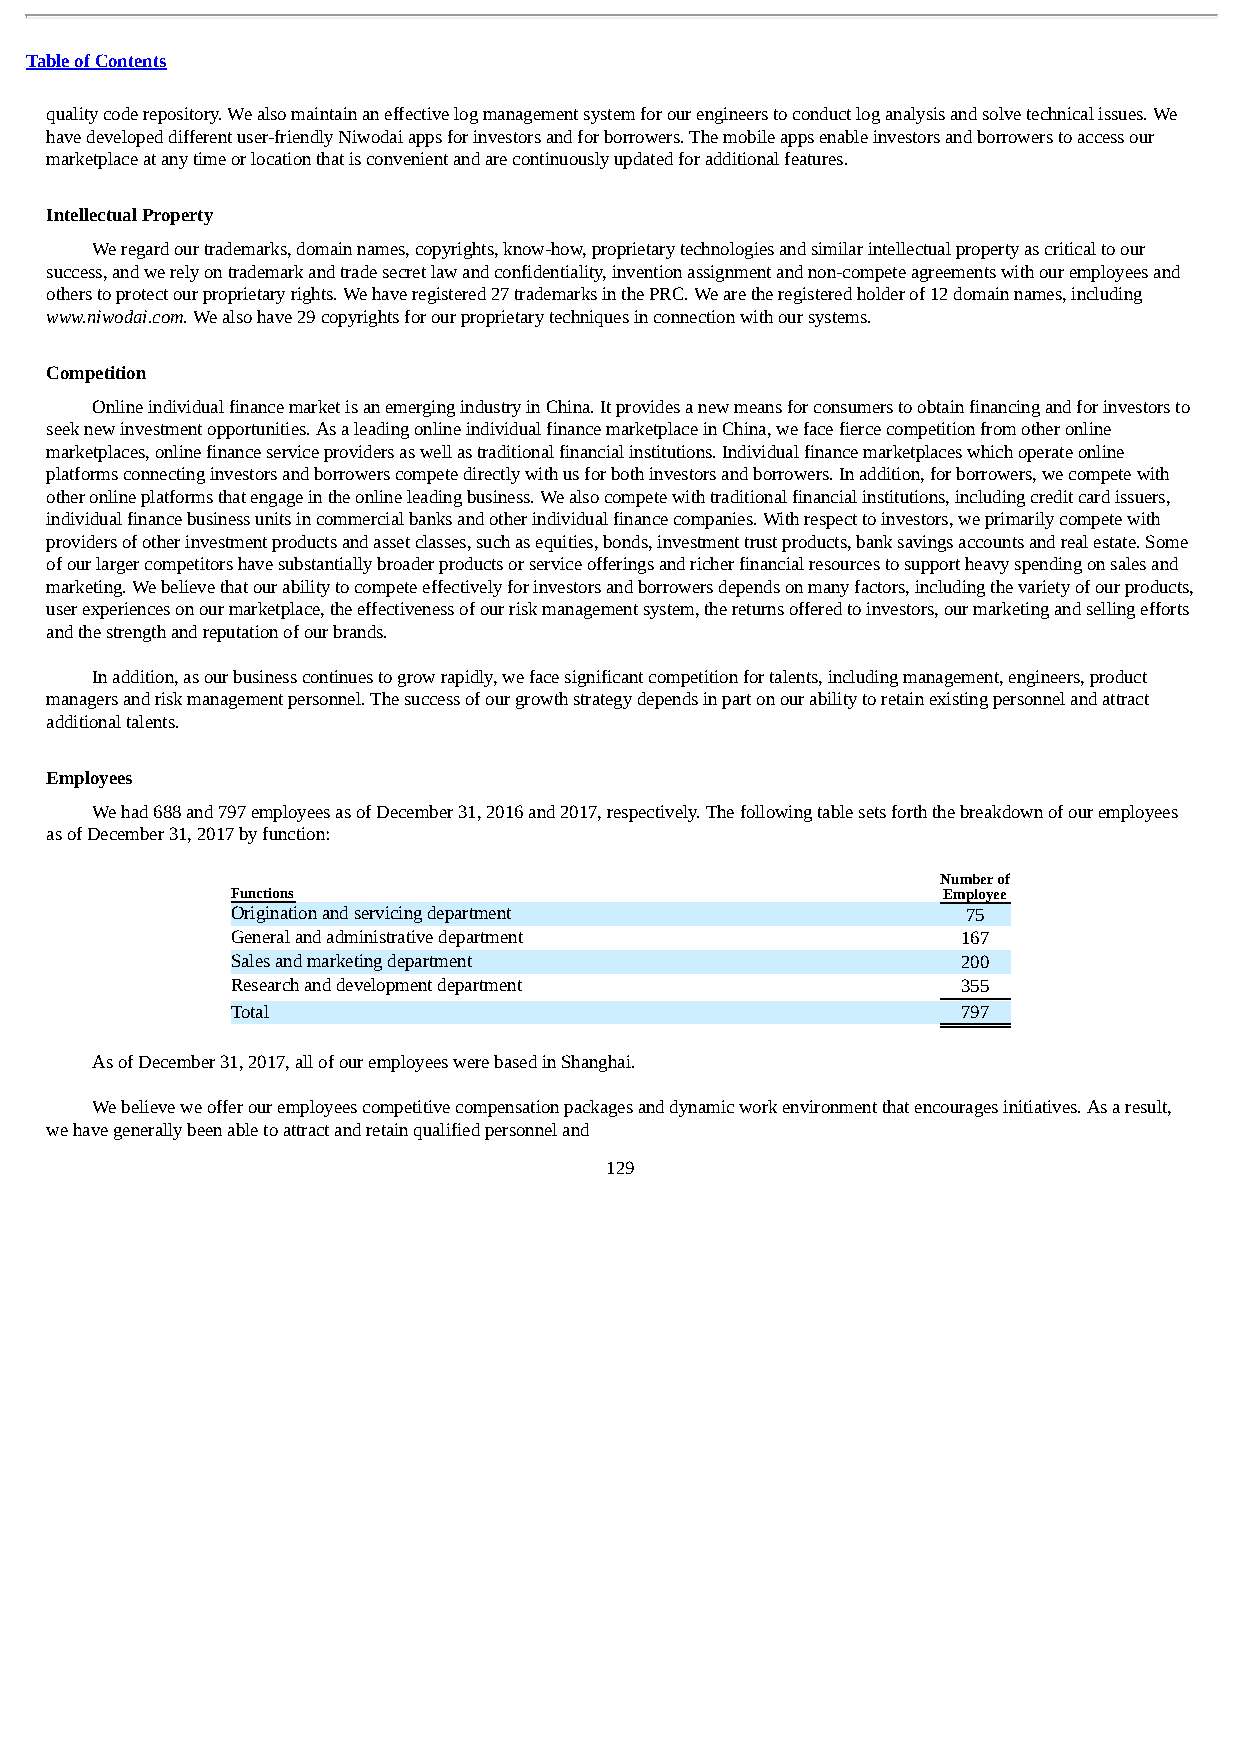
Table of Contents
 quality code repository. We also maintain an effective log management system for our engineers to conduct log analysis and solve technical issues. We
 have developed different user-friendly Niwodai apps for investors and for borrowers. The mobile apps enable investors and borrowers to access our
 marketplace at any time or location that is convenient and are continuously updated for additional features.
 Intellectual Property
 We regard our trademarks, domain names, copyrights, know-how, proprietary technologies and similar intellectual property as critical to our
 success, and we rely on trademark and trade secret law and confidentiality, invention assignment and non-compete agreements with our employees and
 others to protect our proprietary rights. We have registered 27 trademarks in the PRC. We are the registered holder of 12 domain names, including
 www.niwodai.com. We also have 29 copyrights for our proprietary techniques in connection with our systems.
 Competition
 Online individual finance market is an emerging industry in China. It provides a new means for consumers to obtain financing and for investors to
 seek new investment opportunities. As a leading online individual finance marketplace in China, we face fierce competition from other online
 marketplaces, online finance service providers as well as traditional financial institutions. Individual finance marketplaces which operate online
 platforms connecting investors and borrowers compete directly with us for both investors and borrowers. In addition, for borrowers, we compete with
 other online platforms that engage in the online leading business. We also compete with traditional financial institutions, including credit card issuers,
 individual finance business units in commercial banks and other individual finance companies. With respect to investors, we primarily compete with
 providers of other investment products and asset classes, such as equities, bonds, investment trust products, bank savings accounts and real estate. Some
 of our larger competitors have substantially broader products or service offerings and richer financial resources to support heavy spending on sales and
 marketing. We believe that our ability to compete effectively for investors and borrowers depends on many factors, including the variety of our products,
 user experiences on our marketplace, the effectiveness of our risk management system, the returns offered to investors, our marketing and selling efforts
 and the strength and reputation of our brands.
 In addition, as our business continues to grow rapidly, we face significant competition for talents, including management, engineers, product
 managers and risk management personnel. The success of our growth strategy depends in part on our ability to retain existing personnel and attract
 additional talents.
 Employees
 We had 688 and 797 employees as of December 31, 2016 and 2017, respectively. The following table sets forth the breakdown of our employees
 as of December 31, 2017 by function:
 Number of
 Functions                                      Employee
 Origination and servicing department             75
 General and administrative department            167
 Sales and marketing department                   200
 Research and development department              355
 Total                                            797
 As of December 31, 2017, all of our employees were based in Shanghai.
 We believe we offer our employees competitive compensation packages and dynamic work environment that encourages initiatives. As a result,
 we have generally been able to attract and retain qualified personnel and
 129